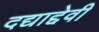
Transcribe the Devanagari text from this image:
दद्याद्देवी